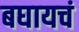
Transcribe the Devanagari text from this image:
बघायचं